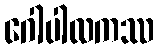
ဂေါပါလကဿ